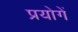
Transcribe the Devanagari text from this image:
प्रयोगें